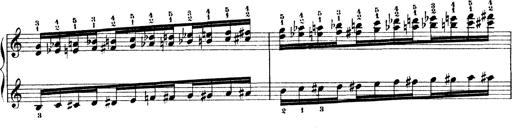
Title: Technische Studien
Composer: Franz Liszt